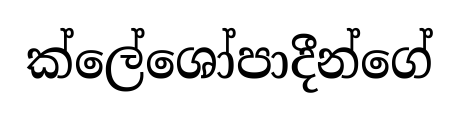
ක්ලේශෝපාදීන්ගේ